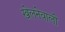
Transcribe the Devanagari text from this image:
खेलनेवाली